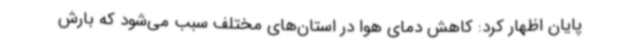
پایان اظهار کرد: کاهش دمای هوا در استان‌های مختلف سبب می‌شود که بارش